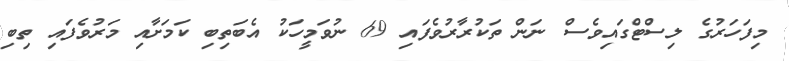
މިފަހަރުގެ ލިސްޓްގައިވެސް ނަން ތަކުރާރުވެފައި 69 ނުވަމީހަކު އެބަތިބި ކަމަށާއި މަރުވެފައި ތިބި